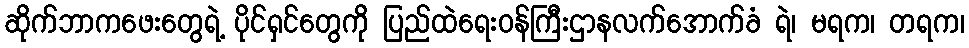
ဆိုက်ဘာကဖေးတွေရဲ့ ပိုင်ရှင်တွေကို ပြည်ထဲရေးဝန်ကြီးဌာနလက်အောက်ခံ ရဲ၊ မရက၊ တရက၊